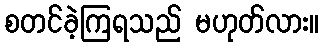
စတင်ခဲ့ကြရသည် မဟုတ်လား။